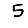
Digit: 5